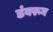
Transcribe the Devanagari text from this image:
डंबरून